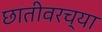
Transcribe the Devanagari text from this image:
छातीवरच्या